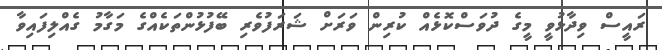
ރައީސް ވިދާޅުވީ މީގެ ދުވަސްކޮޅެއް ކުރިން ވަރަށް ޝަރަފުވެރި ބޭފުޅުންތަކެއްގެ މަގާމު ގެއްލިފައިވާ